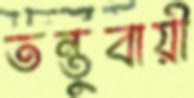
তন্তুবায়ী